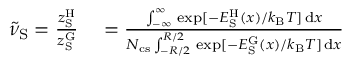
\begin{array} { r l } { \tilde { \nu } _ { \mathrm { S } } = \frac { z _ { \mathrm { S } } ^ { \mathrm { H } } } { z _ { \mathrm { S } } ^ { \mathrm { G } } } } & { { } = \frac { \int _ { - \infty } ^ { \infty } \, \exp [ - E _ { \mathrm { S } } ^ { \mathrm { H } } ( x ) / k _ { \mathrm { B } } T ] \, \mathrm { d } x } { N _ { \mathrm { c s } } \int _ { - R / 2 } ^ { R / 2 } \, \exp [ - E _ { \mathrm { S } } ^ { \mathrm { G } } ( x ) / k _ { \mathrm { B } } T ] \, \mathrm { d } x } } \end{array}